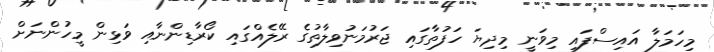
މިހަމަލާ އައިސްފައި މިވަނީ މިދިޔަ ހަފުތާގައި ޖަރުމަނުވިލާތުގެ ރޭލެއްގައި ކޯރާޑިންނާއި ވަޅިން މީހުންނަށް